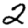
Digit: 2